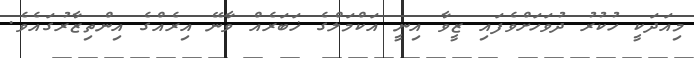
މިއަދަކީ ހުކުރު ދުވަހަށްވެފައި ޒީވާ އިނީ އަކްމަލްގެ ޚަބަރެއް ވާނޭ އިރެއްގެ އިންތިޒާރުގައެވެ.